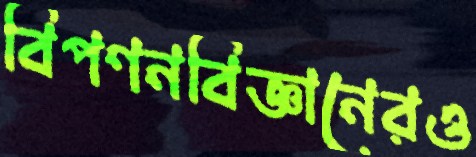
বিপণনবিজ্ঞানেরও